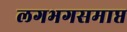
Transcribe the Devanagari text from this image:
लगभगसमाप्त